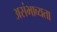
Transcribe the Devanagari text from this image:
असंभाव्यता